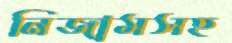
নিজামসহ